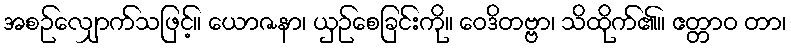
အစဉ်လျှောက်သဖြင့်။ ယောဇနာ၊ ယှဉ်စေခြင်းကို။ ဝေဒိတဗ္ဗာ၊ သိထိုက်၏။ ဧတ္တာဝ တာ၊